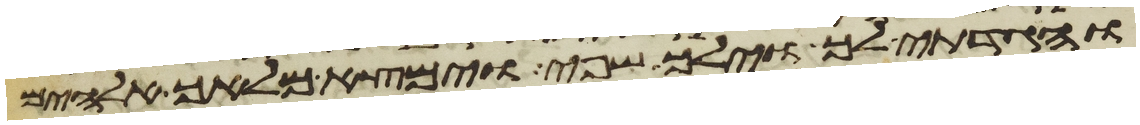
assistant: והגדתי לך וילך שפי וימצא מלאך אלהים